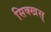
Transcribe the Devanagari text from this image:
सिक्खस्